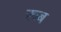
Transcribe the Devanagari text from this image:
रूब